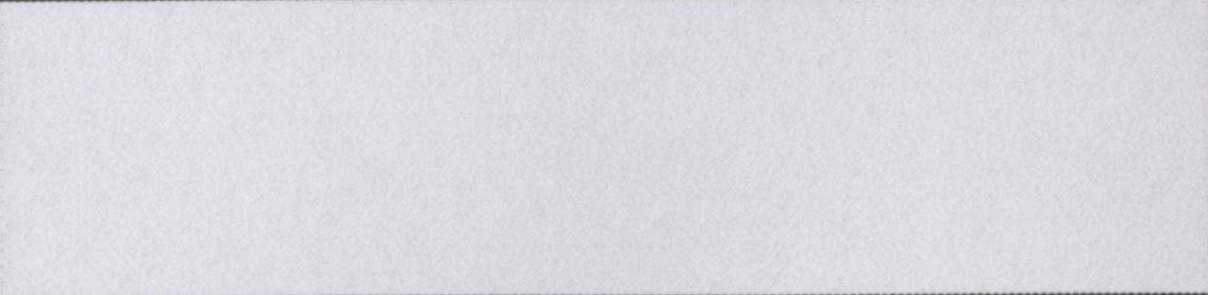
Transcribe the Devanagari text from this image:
सुविधानुसार